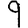
Digit: 9